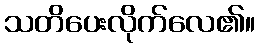
သတိပေးလိုက်လေ၏။